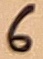
Text: 6